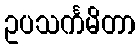
ဥပသင်္ကမိတာ